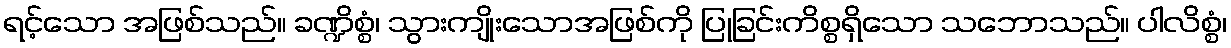
ရင့်သော အဖြစ်သည်။ ခဏ္ဍိစ္စံ၊ သွားကျိုးသောအဖြစ်ကို ပြုခြင်းကိစ္စရှိသော သဘောသည်။ ပါလိစ္စံ၊